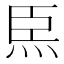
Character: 𤇸